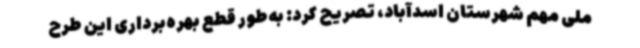
ملی مهم شهرستان اسدآباد، تصریح کرد: به‌طور قطع بهره‌برداری این طرح